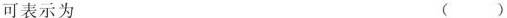
可表示为 ( )